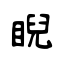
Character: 睨